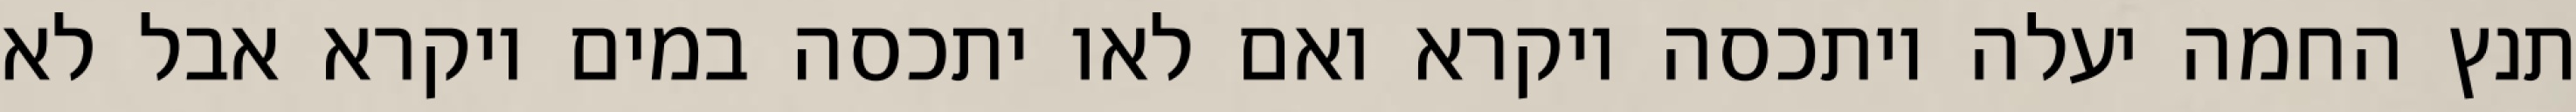
תנץ החמה יעלה ויתכסה ויקרא ואם לאו יתכסה במים ויקרא אבל לא